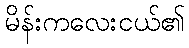
မိန်းကလေးငယ်၏